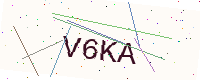
Text: V6KA